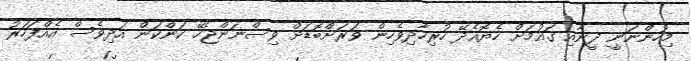
މިހުންނަނީ ދީނާއި ގައުމަށް ހެޔޮއެދޭ ހުރިހާދިވެހިން ވަރަށްބޮޑަށް ވިސްނަންޖެހޭ ކަންކަން އަދިވެސް އެއްފަހަރު